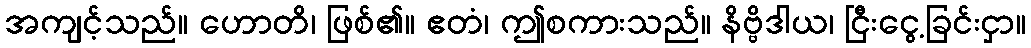
အကျင့်သည်။ ဟောတိ၊ ဖြစ်၏။ ဧတံ၊ ဤစကားသည်။ နိဗ္ဗိဒါယ၊ ငြီးငွေ့ခြင်းငှာ။